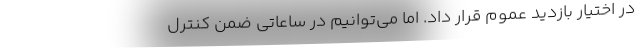
در اختیار بازدید عموم قرار داد. اما می‌توانیم در ساعاتی ضمن کنترل